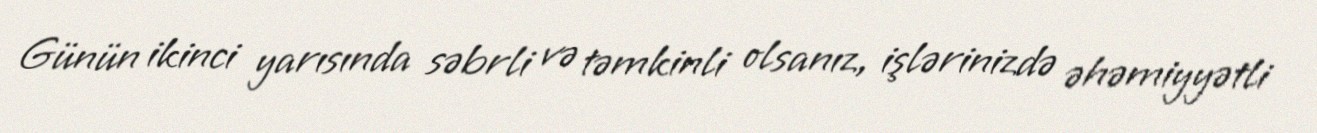
Günün ikinci yarısında səbrli və təmkinli olsanız, işlərinizdə əhəmiyyətli